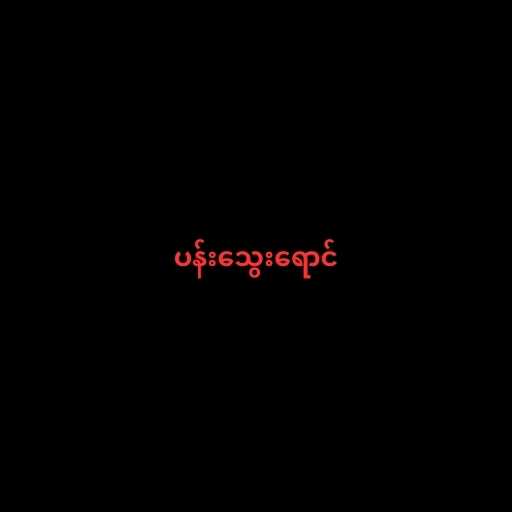
ပန်းသွေးရောင်